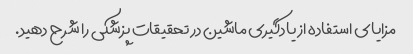
مزایای استفاده از یادگیری ماشین در تحقیقات پزشکی را شرح دهید.